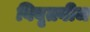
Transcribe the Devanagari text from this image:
विबृतबीज